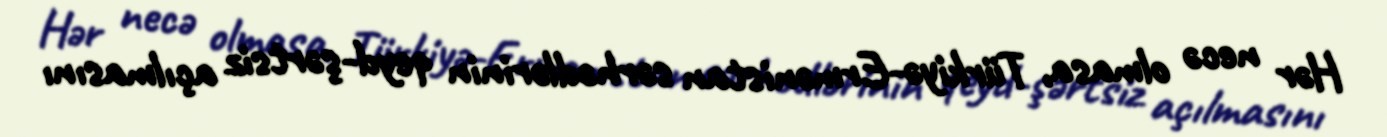
Hər necə olmasa, Türkiyə-Ermənistan sərhədlərinin qeyd-şərtsiz açılmasını